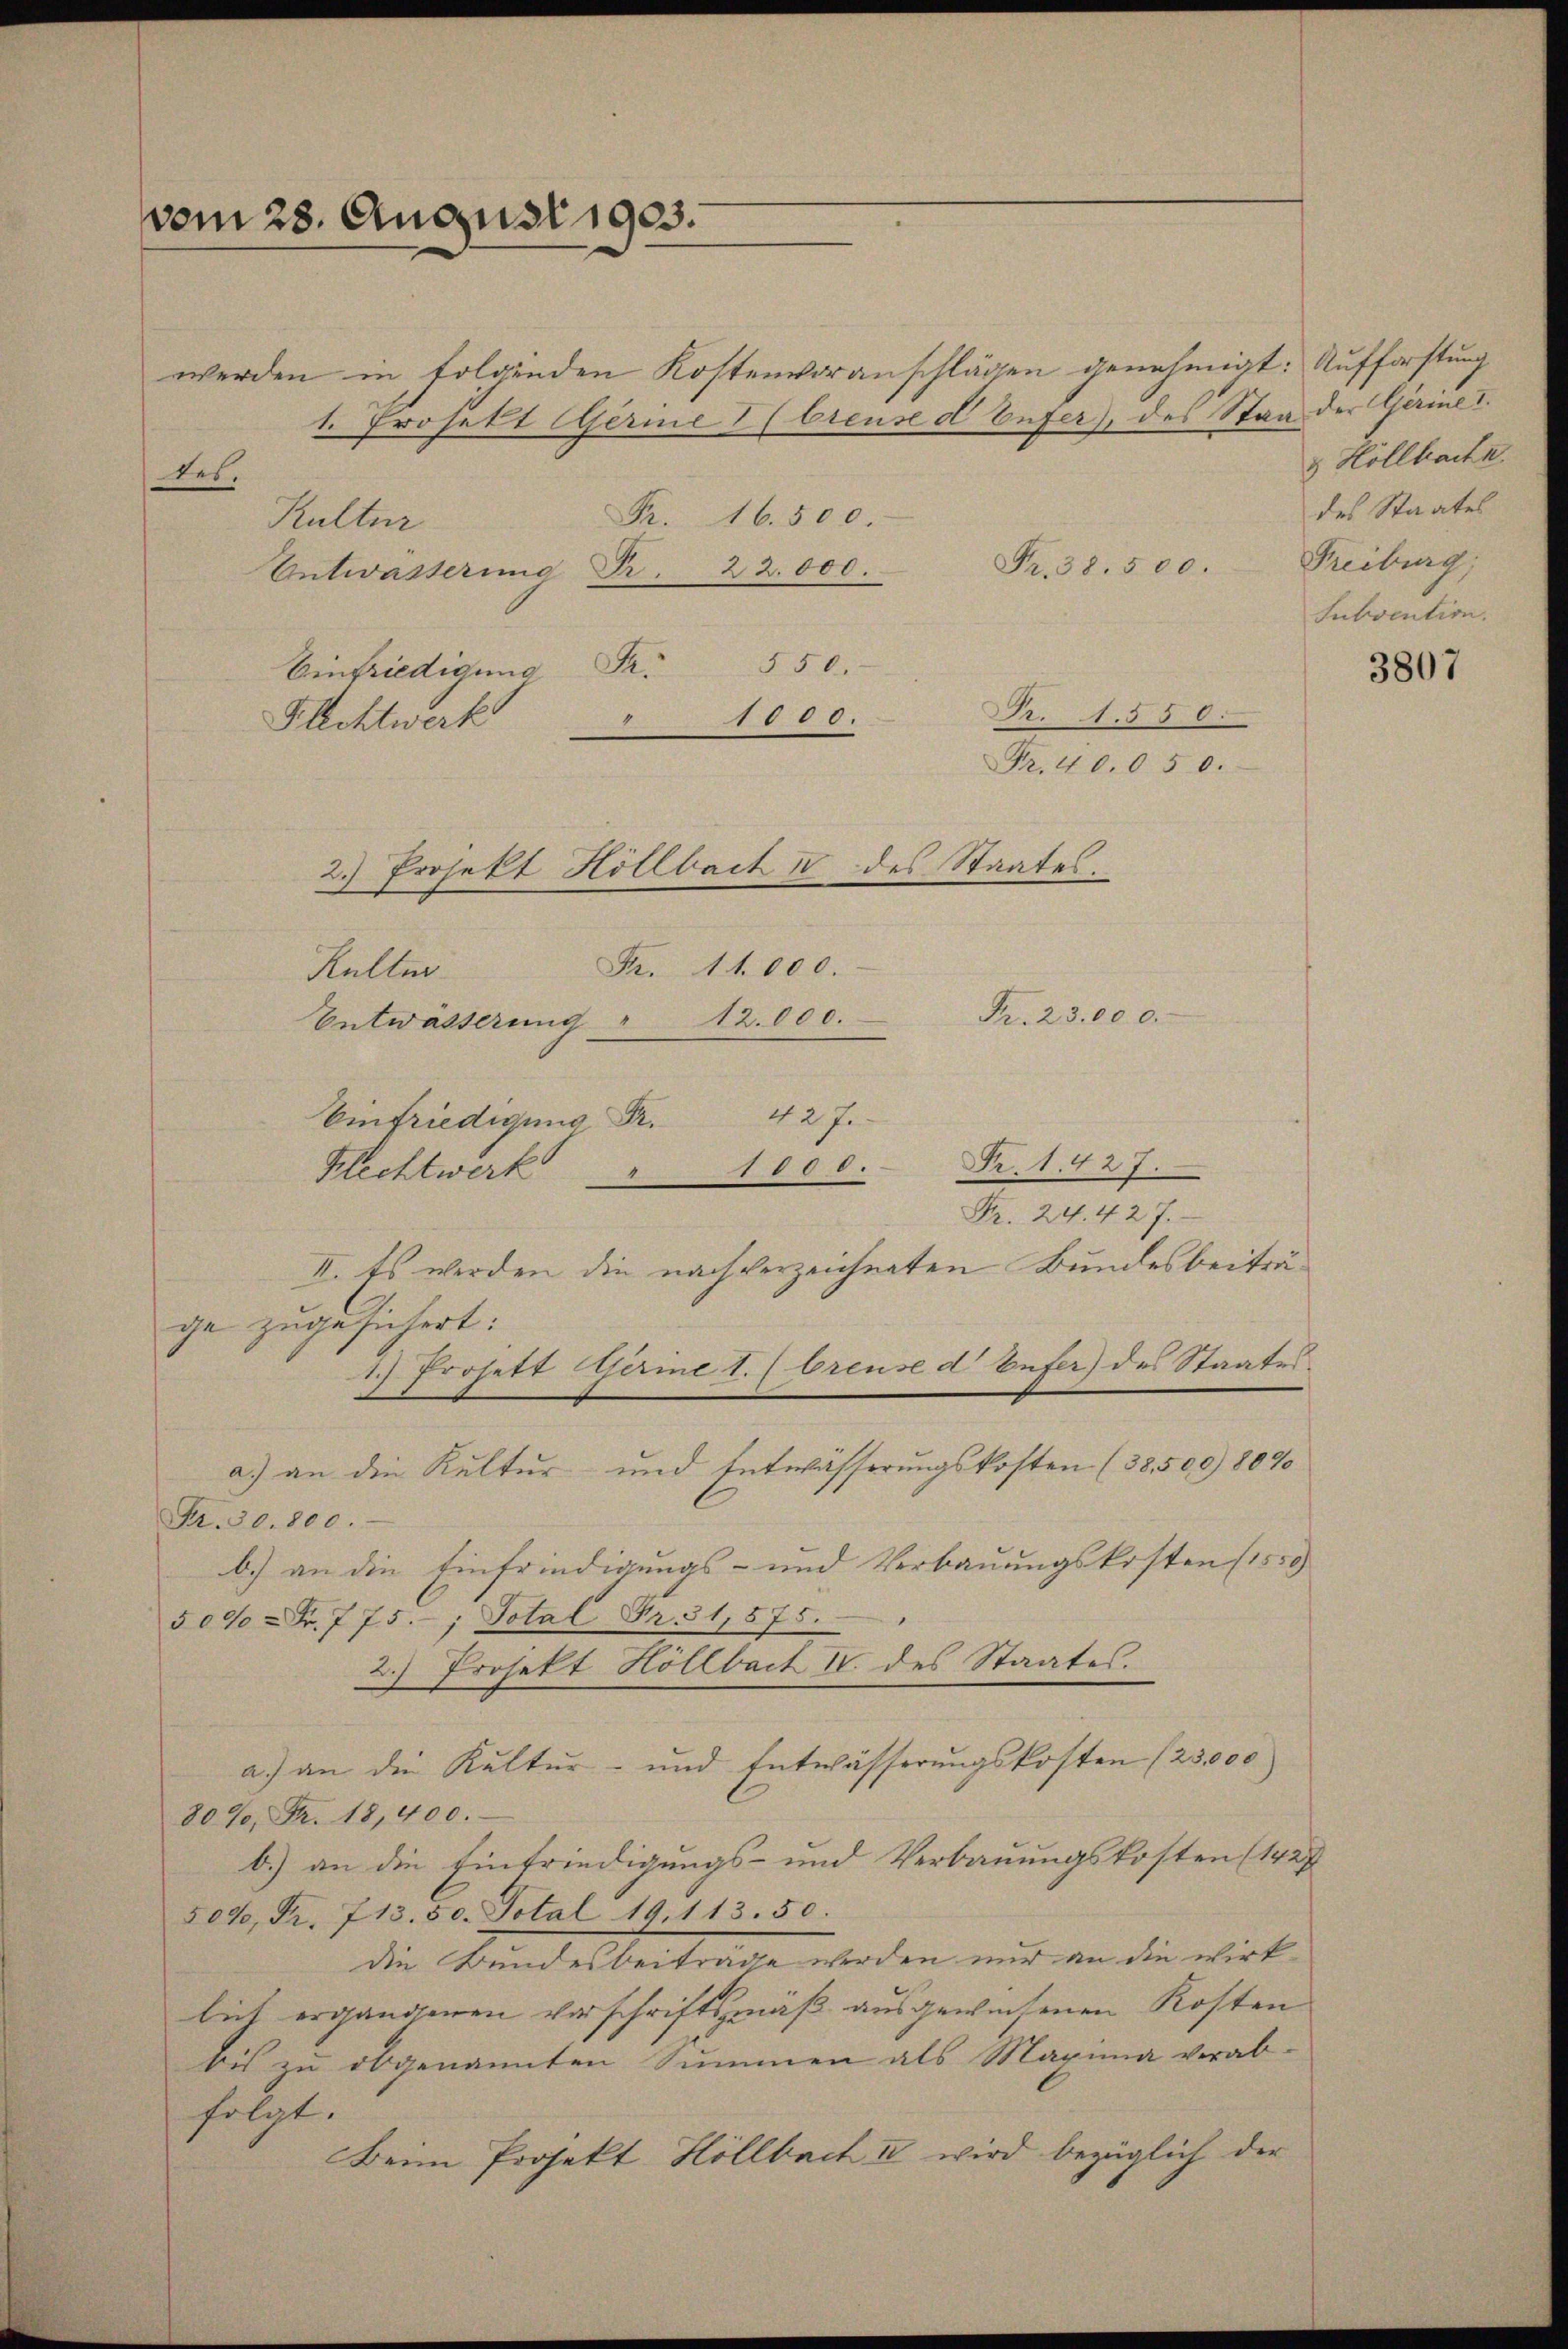
vom 28. August 1903.

werden in folgenden Kostenvoranschlägen genehmigt: Aufforstung
1. Projekt Gerine (breuse d Vufer, des Stag der Gerine I
tes.
R.
16.500
Kultur
Fr. 38. 500.
22.000.
Entwässerung Dr.
550.
S.
Einfriedigung
1000.
-
Flechtwerk
Fr. 11.000.
Hüller
Fr. 23.000.
Entwässerung " 12000.
42 f.
.
Fr. 1. 427.
808.
Klechtwerk

Fr. 24. 427.
II. Es werden die nachverzeichneten Bundesbeiträge zugesichert:
1.) Prosett Gerine 1. (reuse d Eufer) des Staates.
a) an die Kultur- und Entwässerungskosten (38500) 8090
Fr. 30. 800.
b.) an die Einfriedigungs- und Verbauungskosten (1550)
50% = Fr. 775. Total Fr. 31,575.
2.) Projekt Höllbach IV. des Staates.
a.) an die Kultur- und Entwässerungskosten (25,000
80%, Fr. 18, 400.
b.) an die Eintriedigungs- und Verbauungskosten (1427
509, Fr. 713. 50. Total 19,113. 50.
die Bundesbeitrage worden nur an die wirk-
lich ergangenen Vorschriftsmäß ausgewiesenen Kosten
bis zu obgenannten Summen als Maxima verab-
folgt.
Beim Projekt Höllbach u. wird bezüglich der

2.) Projekt Höllbach IV des Staates.

R.1.550.
Fr. 40.050.

& Höllbache.
des Staates
Freiburg;
Subvention.

f

3807